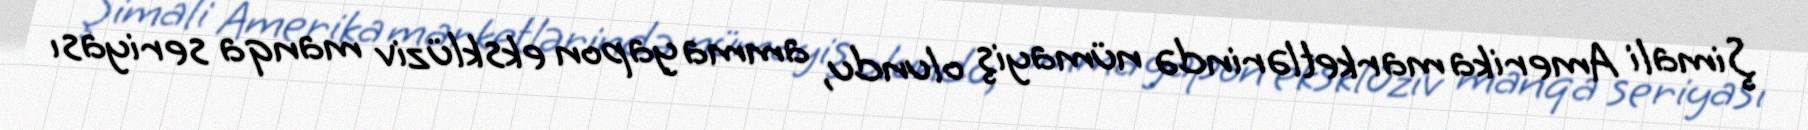
Şimali Amerika marketlərində nümayiş olundu, amma yapon eksklüziv manqa seriyası